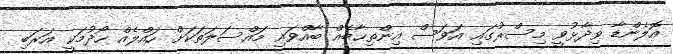
އޮލެންޑާ ވިދާޅުވީ މިސްރުގައި އަވަސް އިންތިޚާބެއް ބާއްވައި މައްސަލަތަކަށް ހައްލެއް ހޯދުމަކީ އަރަބި